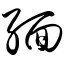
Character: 缅